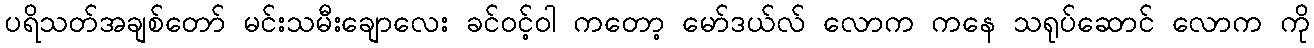
ပရိသတ်အချစ်တော် မင်းသမီးချောလေး ခင်ဝင့်ဝါ ကတော့ မော်ဒယ်လ် လောက ကနေ သရုပ်ဆောင် လောက ကို